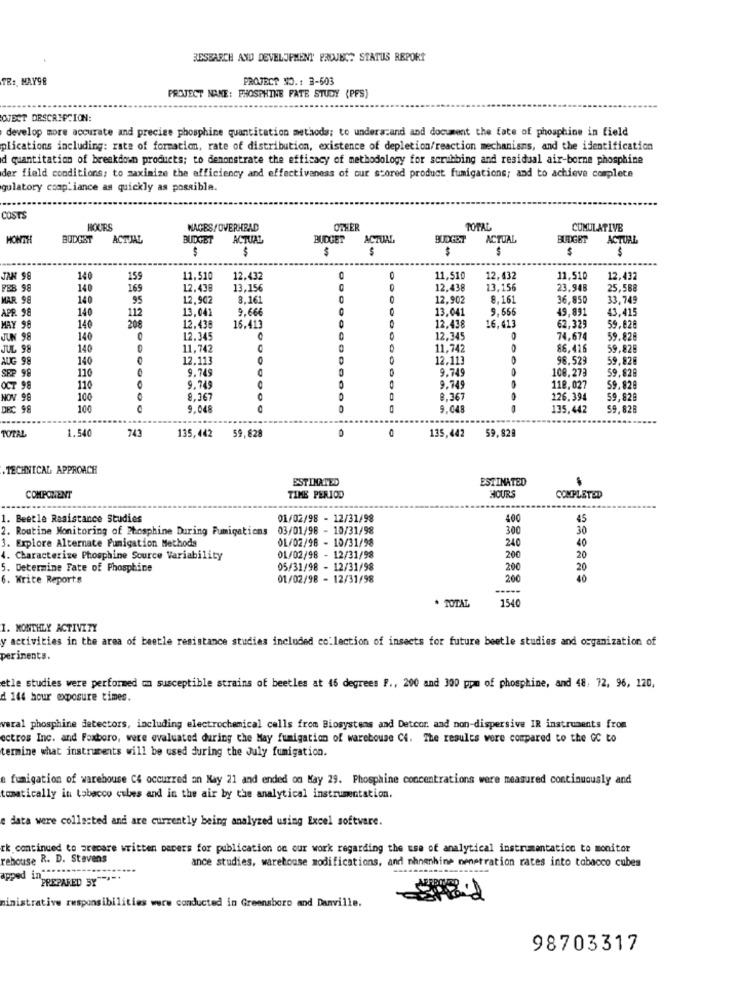
BESBARCH AND DEVELOPMENT PROJECT STATUS REPORT
TE: MAY98
PROJECT NO .: 3-503
PROJECT NANE: PHOSPHINE FATE STUDY (PFS)
OJECT DESCRIPCION:
develop more accurate and precise phosphine quantitation methods; to understand and document the fate of phosphine in field
plications including: rate of formation, rate of distribution, existence of depletion/reaction mechanisms, and the identification
d quantitation of breakdown products; to demonstrate the efficacy of methodology for scrubbing and residual air-borne phosphine
der field conditions; to maximize the efficiency and effectiveness of our scored product fumigations; and to achieve complete
gulatory compliance as quickly as possible.
COSTS
HOURS
NAGES/OVERHEAD
OTHER
TOTAL
CUMULATIVE
HONTH
BUDGST
ACTUAL
BUDGET
ACTUAL
BUDGET
ACTUAL
BUDGET
ACTUAL
BUDGET
ACTUAL
$
$
$
$
$
$
JAN 98
140
159
11.510
12.432
0
11,510
12,432
11,510
12.432
FEB 98
140
169
12.439
13,156
C
12.438
13,156
23,948
25,588
MAR 98
140
95
12.902
8.161
C
12.902
8.161
36.850
33,749
APR. 98
140
112
13,041
9,66€
13,041
9.666
49,891
43,415
208
16,413
MAY 98
140
12.438
16.413
12.438
62,329
59.828
JUN 98
140
12.345
12,345
74,674
59.828
JUL 98
140
11,742
11,742
86,416
59.828
AUG 98
140
12.113
12.113
96.529
59,828
SEP 98
110
9.749
9.749
108.273
59,828
OCT 98
110
0
9.749
9.749
118,027
59.828
NOV 98
100
8.367
8,367
126.394
59,828
DEC 98
100
9.048
0
0
9.048
135.442
59,828
TOTAL
1.540
743
59,828
0
135,442
59.829
135,442
.TECHNICAL APPROACH
ESTIMATED
ESTIMATED
HOURS
COMPONENT
TIME PERIOD
COMPLETED
1. Beetle Resistance Studies
01/02/98 - 12/31/98
400
45
2. Routine Monitoring of Phosphine During Fumigations 03/01/98 - 10/31/98
300
30
3. Explore Alternate Fumigation Methods
DL/02/98 - 10/31/98
40
240
4. Characterize Phosphine Source Variability
01/02/98 - 12/31/98
200
20
5. Determine Fate of Phosphine
05/31/98 - 12/31/98
200
20
6. Write Reports
01/02/98 - 12/31/98
200
40
-----
* TOTAL
1540
1. MONTHLY ACTIVITY
y activities in the area of beetle resistance studies included collection of insects for future beetle studies and organization of
perinents.
etle studies were performed on susceptible strains of beetles at 45 degrees F ., 200 and 300 ppm of phosphine, and 48, 72, 96, 120,
d 144 hour exposure times.
waral phosphine detectors, including electrochemical calls from Biosystems and Detcor. and non-dispersive IR instruments from
ectros Inc. and Foxboro, were evaluated during the May fumigation of warehouse C4. The results were compared to the GC to
termine what instruments will be used during the July fumigation.
afumigation of warehouse C4 occurred on Nay 21 and ended on May 29. Phosphine concentrations were measured continuously and
tomatically in tobacco cules and in the air by the analytical instrumentation.
e data were collected and are currently being analyzed using Excel software.
rk continued to prepare written papers for publication on our work regarding the use of analytical instrumentation to monitor
rebouse R. D. Stevens
ance studies, warehouse modifications, and mhnenhine nenetration rates into tobacco cubes
apped in ***
PREPARED SY
ministrative responsibilities were conducted in Greensboro and Danville.
98703317